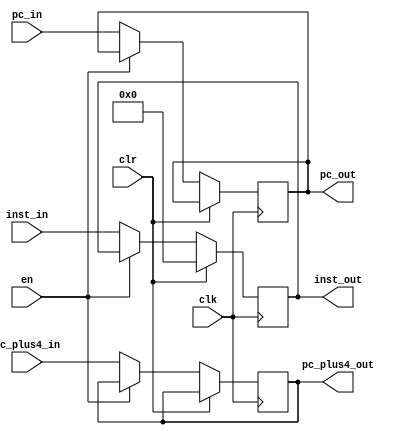

module Wall_D(clk, clr, en, inst_in, pc_in, pc_plus4_in, inst_out, pc_out, pc_plus4_out);

input wire [0:0] clk, clr, en;
input wire [31:0] inst_in, pc_in, pc_plus4_in;
output wire [31:0] inst_out, pc_out, pc_plus4_out; 

reg [31:0] internal_inst, internal_pc, internal_pc_plus4;

always @(posedge clk) begin

if(clr) internal_inst = 32'b0;
else if(en == 1'b0) begin 
  internal_inst <= inst_in;
  internal_pc <= pc_in;
  internal_pc_plus4 <= pc_plus4_in;
end

end

assign inst_out = internal_inst;
assign pc_out = internal_pc;
assign pc_plus4_out = internal_pc_plus4;

endmodule